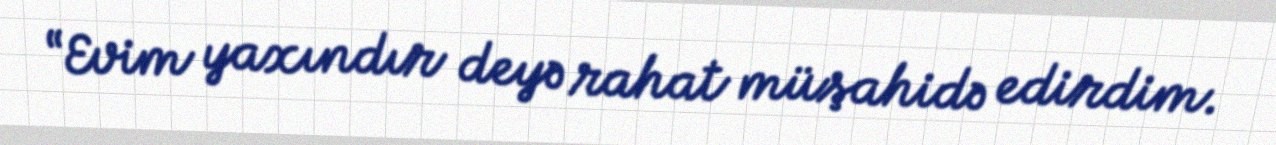
“Evim yaxındır deyə rahat müşahidə edirdim.